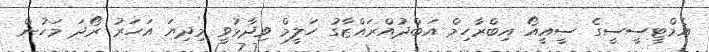
އެމްޓީސީސީގެ ސީއީއޯ އިބްރާހިމް އަބްދުއްރައްޒާގު ހަލީމް ވިދާޅުވީ މިދިޔަ އަހަރު ރޯދަ މަހުން